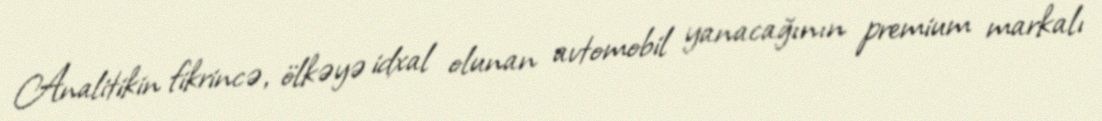
Analitikin fikrincə, ölkəyə idxal olunan avtomobil yanacağının premium markalı